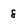
Character: 8